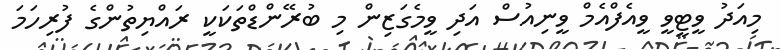
މިއަދު ވީޓީވީ ވީއެފްއެމް ވީނިއުސް އަދި ވީމެގަޒިން މި ބުރޭންޑްތަކަކީ ރައްޔިތުންގެ ފުރިހަމަ